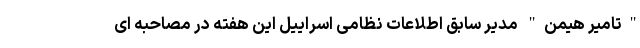
"تامیر هیمن" مدیر سابق اطلاعات نظامی اسراییل این هفته در مصاحبه ای